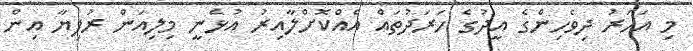
މި އަހަރު ދިވެހިންގެ އީދުގެ ހަރަދުތައް އެއްކޮށްލާއިރު އުޅެނީ މިލިއަން ރުފިޔާ އިން